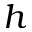
h